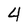
Character: 4